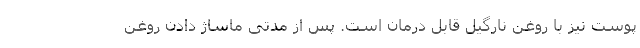
پوست نیز با روغن نارگیل قابل درمان است. پس از مدتی ماساژ دادن روغن